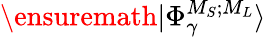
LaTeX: \ensuremath{\vert{\Phi}_{\gamma}^{{M}_{S};{M}_{L}}\rangle}